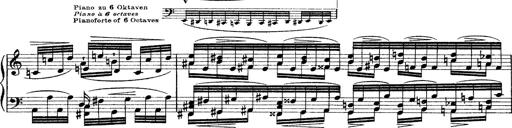
Title: Grande fantasie di bravura sur La clochette
Composer: Franz Liszt
Key: A minor